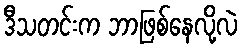
ဒီသတင်းက ဘာဖြစ်နေလို့လဲ